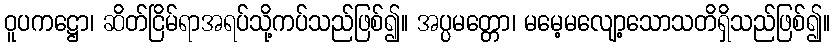
ဝူပကဋ္ဌော၊ ဆိတ်ငြိမ်ရာအရပ်သို့ကပ်သည်ဖြစ်၍။ အပ္ပမတ္တော၊ မမေ့မလျော့သောသတိရှိသည်ဖြစ်၍။